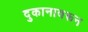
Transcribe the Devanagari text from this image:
दुकानावरून